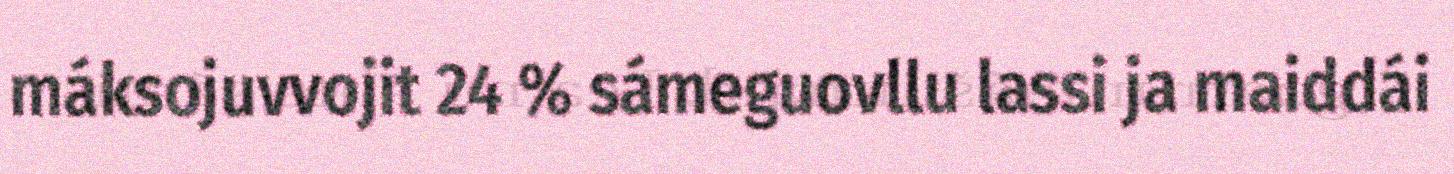
máksojuvvojit 24 % sámeguovllu lassi ja maiddái